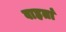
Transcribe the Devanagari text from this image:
वाहतां